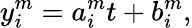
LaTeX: y_{i}^{m}=a_{i}^{m}t+b_{i}^{m},